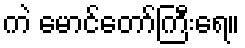
ကဲ မောင်တော်ကြီးရေ။